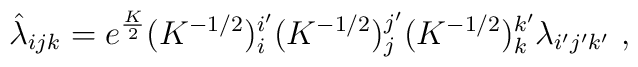
\hat \lambda_{ijk} = e^{K \over 2} (K^{-1/2})^{i'}_i (K^{-1/2})^{j'}_j(K^{-1/2})^{k'}_k \lambda_{i'j'k'} \ ,